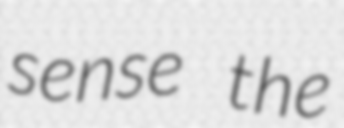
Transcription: sense the